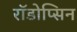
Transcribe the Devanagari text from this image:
रॉडोप्सिन